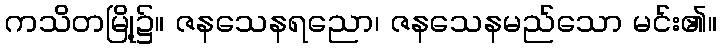
ကသိတမြို့၌။ ဇနသေနရညော၊ ဇနသေနမည်သော မင်း၏။